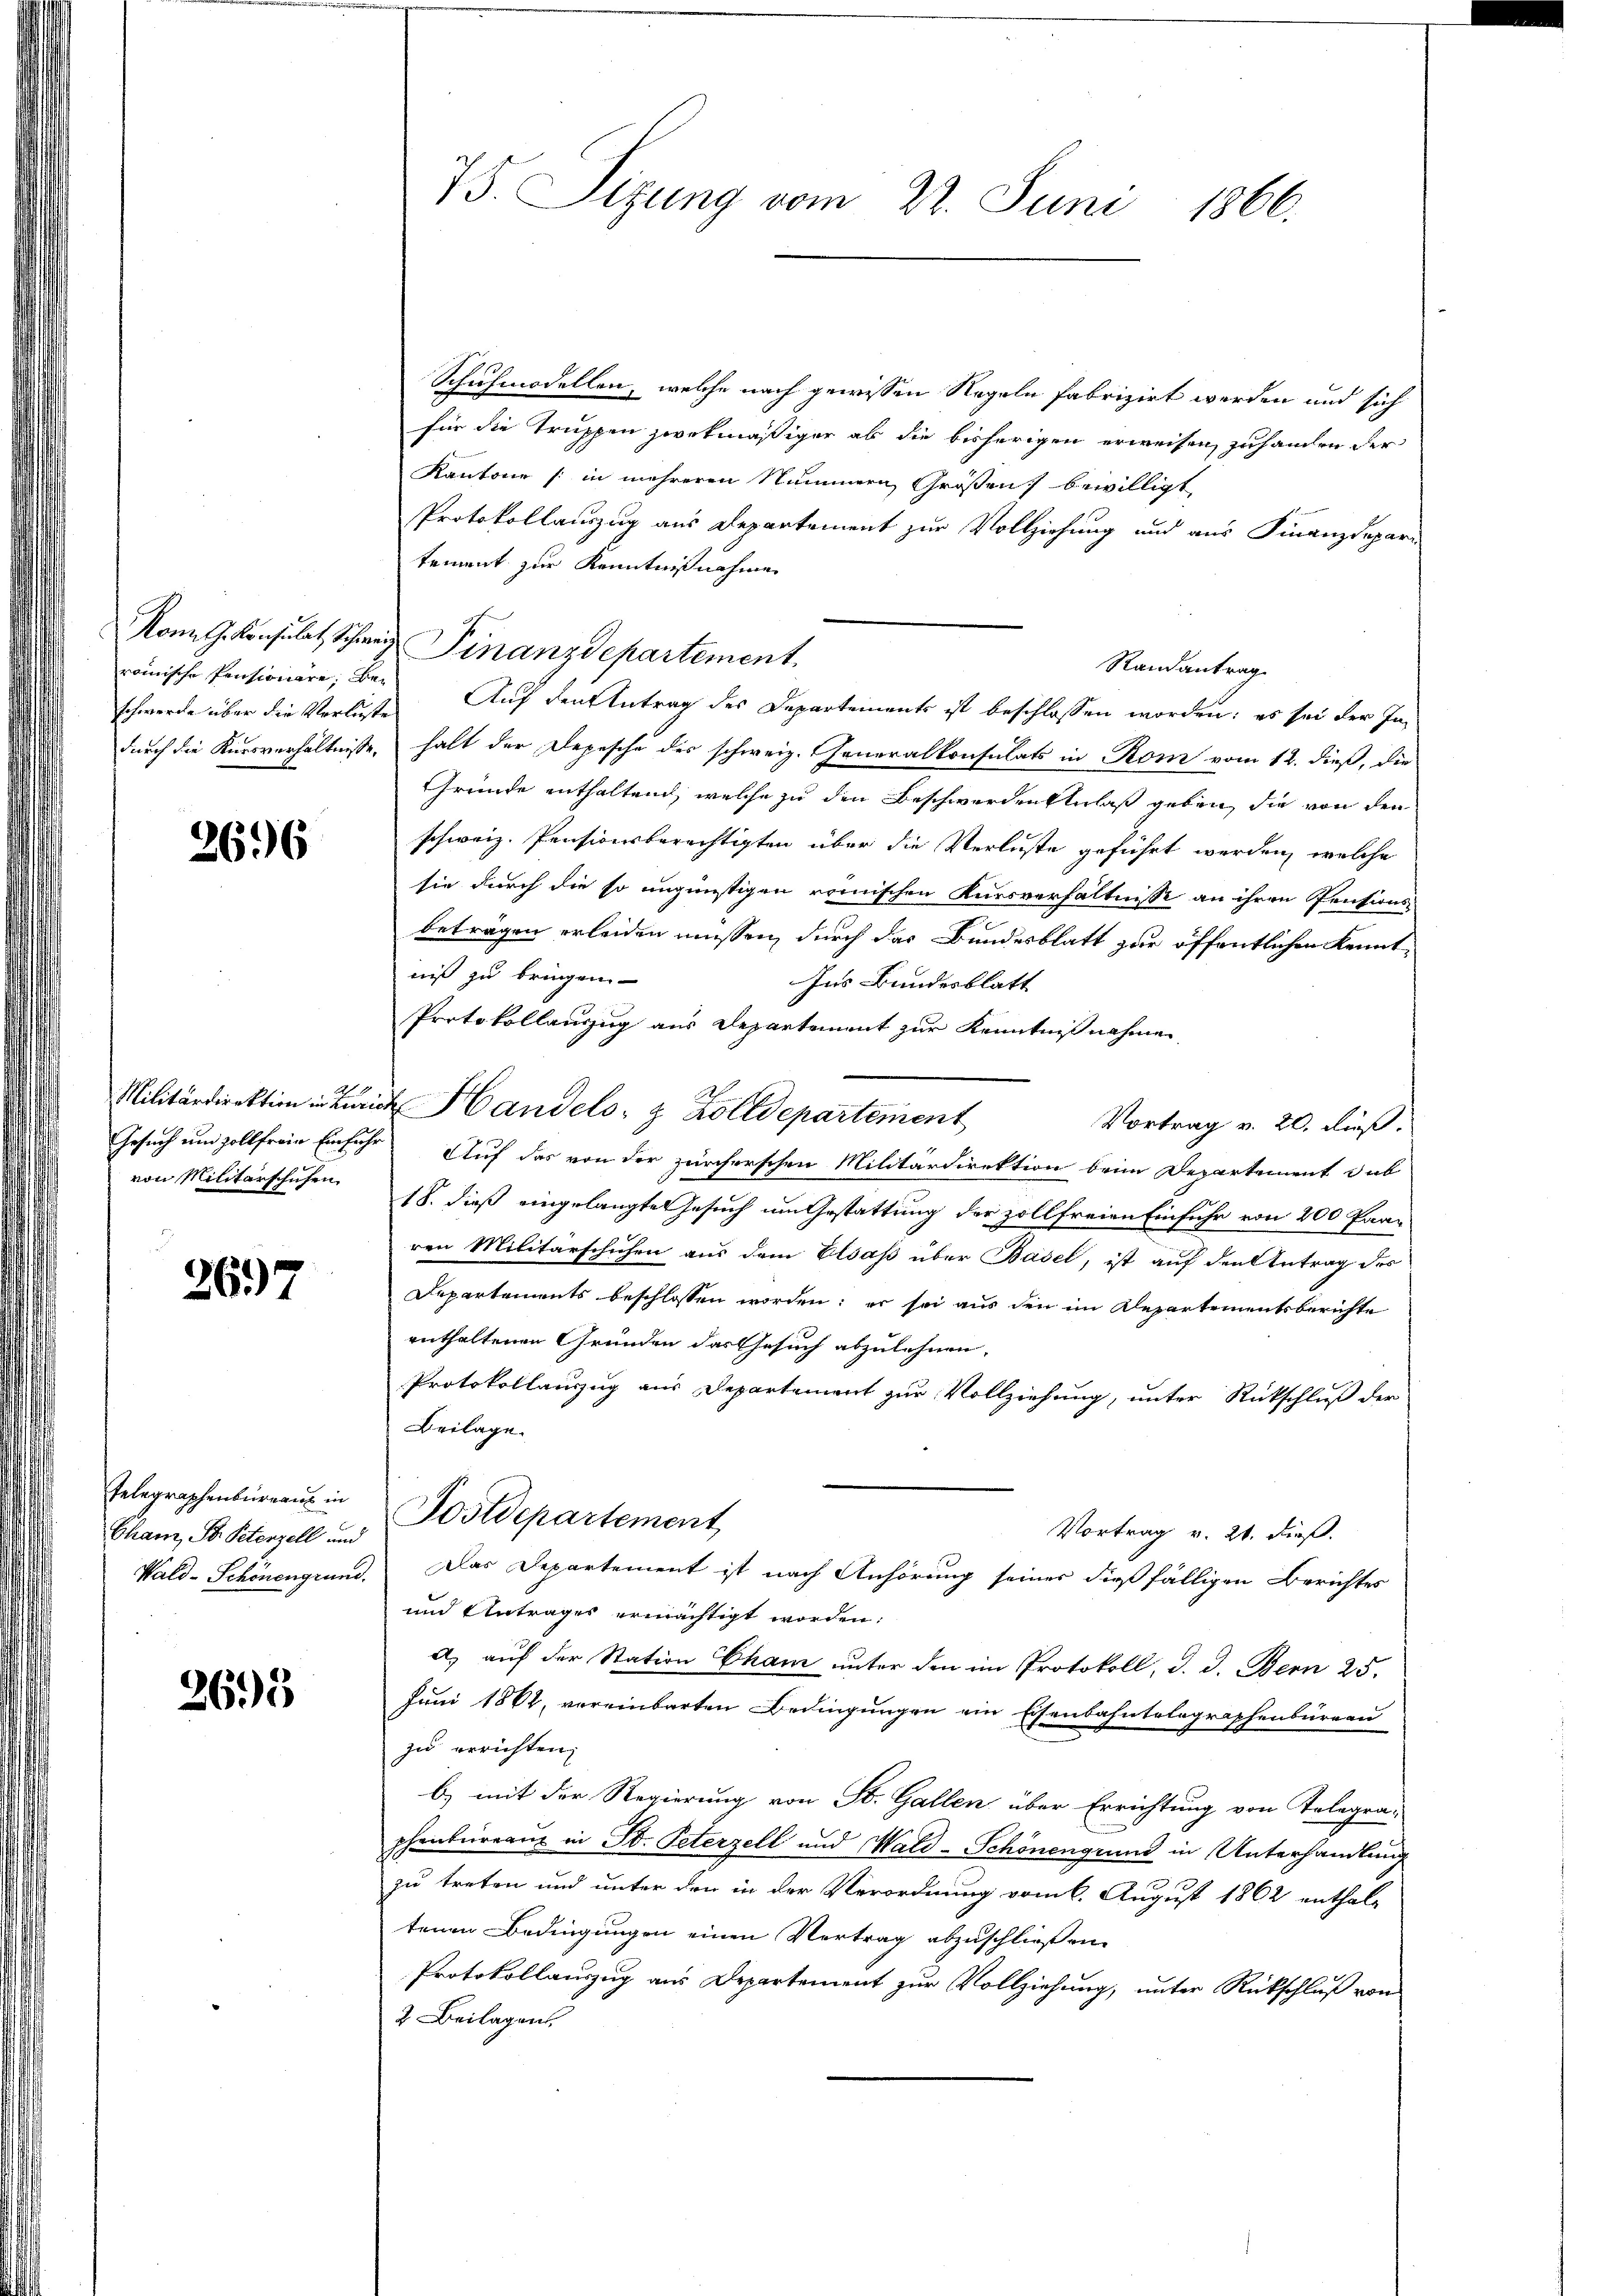
romische Pensionäre; Bei

2696

von Militärschuhen.

2697

Telegraphenbureaus in
Cham, St. Peterzell und
Wald-Schönengrund.

2695

Schuhmodellen, welche nach gewissen Regeln fabrizirt werden und sich
für die Truppen zwekmäßiger ab die bisherigen erweisen, zu handen der
Kantone (: in mehreren Nummern Großen bewilligt,
Protokollauszug aus Departement zur Vollziehung und aus Finanzdepar-
tement zur Kenntnißnahme
Randantrag
schwerde über die Verluste Auf den Antrag des Departements ist beschlossen worden; es sei der Indurch die Kursverhältnisse, halt der Depesche des schweiz. Generalkonsulats in Rom vom 12. dieß, die
Gründe enthaltend, welche zu den Beschwerden Anlaß geben, die von den
schweiz. Pensionsberechtigten über die Verluste geführt werden, welche
sie durch die so ungünstigen römischen Kursverhältnisse an ihren Pensions
beträgen erleiden müssen, durch das Bundesblatt zur öffentlichen Kennt
niß zu bringen.
Ins Bundesblatt
Protokollanzug aus Departement zur Kenntnißnahmen,
Militärdirektion in Bei Handels- & Zolldepartement
Vortrag v. 20. dieß.
Gesuch und zollfreie Einfuhr Auf das von der zürcherschen Militärdirektion beim Departement dab
18. dieß eingelangte Gesuch um Gestattung der zollfreien Einfuhr von 200 Paar
ren Militärschuhen aus dem Elsaß über Basel, ist auf den Antrag des
Departements beschlossen worden; er sei aus den im Departementsberichte
enthaltenen Gründen das Gesuch abzulehnen.
Protokollanzug aus Departement zur Vollziehung, unter Rückschluß der
Beilage.
Postdepartement,
Vortrag v. 21. dieß.
 Das Departement ist nach Anhörung seiner dießfälligen Berichtes
und Antrages ermächtigt worden:
a) auf der Station Cham unter den im Protokoll, d. d. Bern 25.
Juni 1864, vereinbarten Bedingungen ein Eisenbahntelegraphenbüreau
zu errichten,
b) mit der Regierung von St. Gallen über Errichtung von Telegra-
phenbureaux in St. Peterzell und Wald-Schönengrund in Unterhandlung
zu treten und unter den in der Verordnung vom 6. August 1862 enthal-
tenen Bedingungen einen Vertrag abzuschließen
Protokollauszug aus Departement zur Vollziehung, unter Rückschluß von
2. Beilagen.

75. Sizung vom 22. Juni 1866.

Kon G. Konsulat Schwer Finanzdepartement.